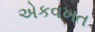
એકવખત